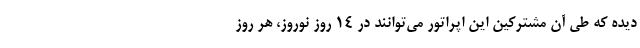
دیده که طی آن مشترکین این اپراتور می‌توانند در 14 روز نوروز، هر روز